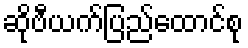
ဆိုဗီယက်ပြည်ထောင်စု